Annual report on the Civil Veterinary Department, Burma (including the Insein Veterinary School) - 1910-1922
Year: 1910
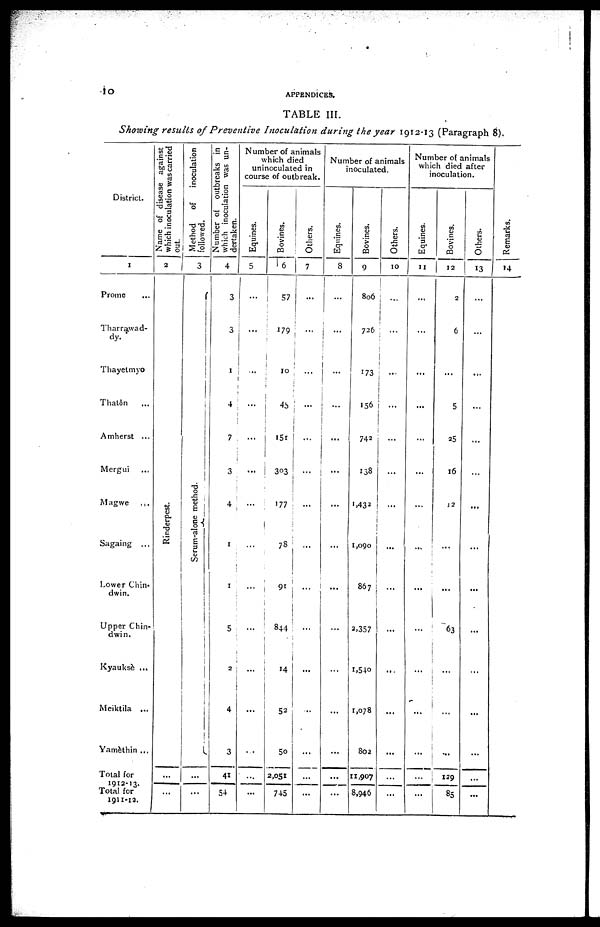
10
APPENDICES.
TABLE III.
Showing results of Preventive Inoculation during the year 1912-13 (Paragraph 8).
District.
1
Prome ...
Tharrawad-
dy.
Thayetmyo
Thatôn ...
Amherst ...
Mergui ...
Magwe
...
Sagaing ...
Lower Chin.
dwin.
Upper Chin-
dwin.
Kyauksè ...
Meiktila ...
Yamèthin ...
Total for
1912-13.
Total for
1911-12.
Name of disease against
which inoculation was carried
out.
2
Ri nder pes t
.
...
...
Method of
inoculation
followed.
3
Serum-alone method.
...
...
Number of outbreaks in
which inoculation was un-
dertaken.
4
3
3
1
4
7
3
1
4
1
1
5
2
4
3
41
54
Number of animals
which died
uninoculated in
course of outbreak.
Equines.
5
...
...
...
...
...
...
...
...
...
...
...
...
...
...
Bovines.
6
57
179
10
45'
151
303
177
78
91
844
14
52
5o
2,051
745
Others.
7
...
...
...
...
...
...
...
...
...
...
...
...
...
...
...
Number of animals
inoculated.
Equines.
8
...
...
...
...
...
...
...
...
...
...
...
...
...
...
...
Bovines.
9
806
726
173
156
742
138
1,432
1,090
867
2,357
1,540
1,078
802
11,907
8,946
Others.
10
...
...
...
...
...
...
...
...
...
...
...
...
...
...
...
Number of animals
which died after
inoculation.
Equines.
11
...
...
...
...
...
...
...
...
...
...
...
...
...
...
...
Bovines.
12
2
6
...
5
25
16
J2
...
...
63
...
...
...
129
85
Others.
13
...
...
...
...
...
...
...
...
...
...
...
...
...
...
...
Re ma r
ks .
14